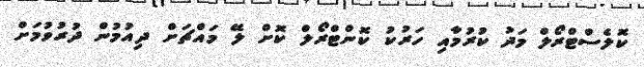
ކޮލެސްޓްރޯލް މަދު ކުރުމާއި ހަރުކު ކޮންޓްރޯލް ކޮށް ލޭ މައްޗަށް ދިއުމުން ދުރުވުމަށް